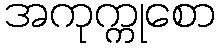
အကုက္ကုစော